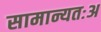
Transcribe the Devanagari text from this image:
सामान्यतःअ